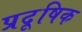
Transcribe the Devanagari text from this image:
प्रदूषिक